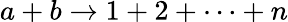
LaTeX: a+b\rightarrow 1+2+\cdots+n